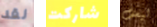
لقد شاركت ليست